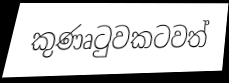
කුණෘටුවකටවත්